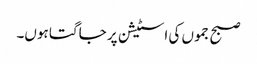
صبح جموں کی اسٹیشن پر جاگتا ہوں۔